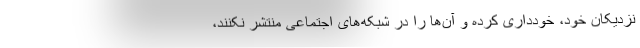
نزدیکان خود، خودداری کرده و آن‌ها را در شبکه‌های اجتماعی منتشر نکنند،